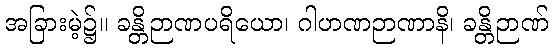
အခြားမဲ့၌။ ခန္တိဉာဏပရိယော၊ ဂါဟဏဉာဏာနိ၊ ခန္တိဉာဏ်